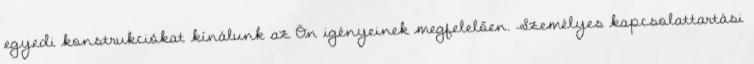
egyedi konstrukciókat kínálunk az Ön igényeinek megfelelően. Személyes kapcsolattartási